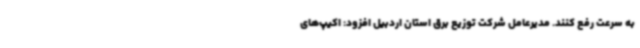
به سرعت رفع کنند. مدیرعامل شرکت توزیع برق استان اردبیل افزود: اکیپ‌های